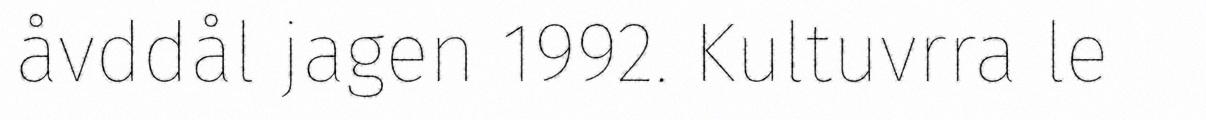
åvddål jagen 1992. Kultuvrra le